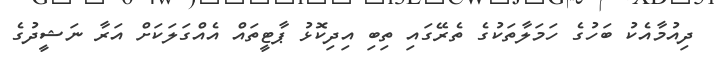
ދިއުމާއެކު ބަހުގެ ހަމަލާތަކުގެ ތެރޭގައި ތިބި އިދިކޮޅު ޕާޓީތައް އެއްގަލަކަށް އަރާ ނަޝީދުގެ